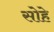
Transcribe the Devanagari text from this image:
सोहे